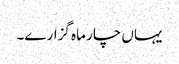
یہاں چار ماہ گزارے۔